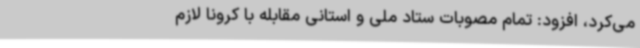
می‌کرد، افزود: تمام مصوبات ستاد ملی و استانی مقابله با کرونا لازم